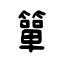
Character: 簞